Annual report of the Punjab Veterinary College and of the Civil Veterinary Department, Punjab - 1926-1932
Year: 1926
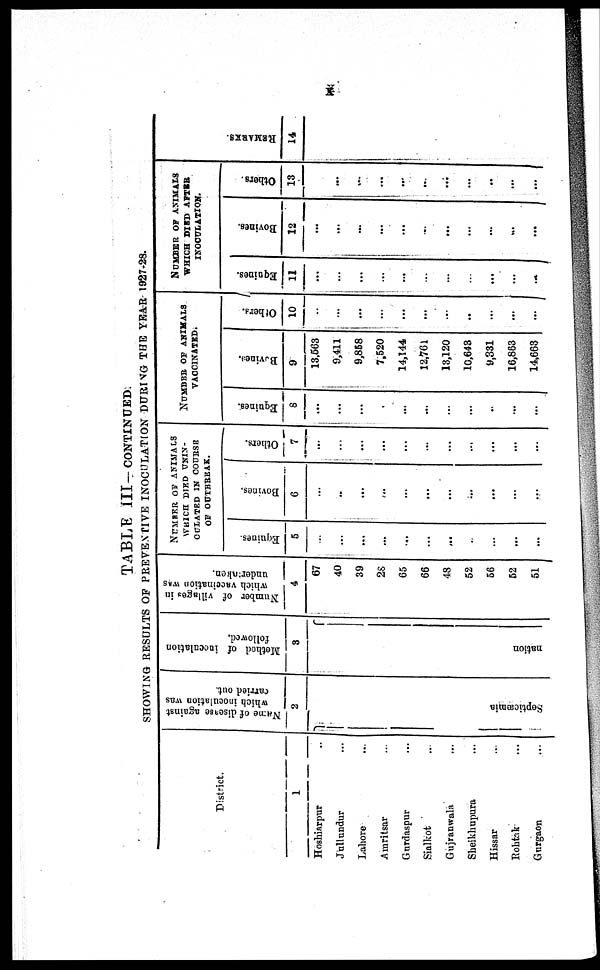
x
TABLE III-CONTINUED.
SHOWING RESULTS OF PREVENTIVE INOCULATION DURING THE YEAR 1927-28.
District.
1
Hoshiarpur ...
Jullundur ...
Lahore ...
Amritsar ...
Gurdaspur ...
Sialkot ...
Gujranwala ...
Sheikhupura ...
Hissar ...
Rohtak ...
Gurgaon ...
Name of disease against
which inoculation was
carried out.
2
Se pt i
c æmi a
Method of inoculation
followed.
3
nation
Number of villages in
which vaccination WAS
undertaken.
4
67
40
39
28
65
66
48
52
56
52
51
NUMBER OF ANIMALS
WHICH DIED UNIN¬
OULATED IN COURSE
OF OUTBREAK.
Equines.
5
...
...
...
...
...
...
...
...
...
...
...
Bovines.
6
...
..
...
...
...
...
...
...
...
...
...
Others.
7
...
...
...
...
...
...
...
...
...
...
...
NUMBER OF ANIMALS
VACCINATED.
Equines.
8
...
...
...
...
...
...
...
...
...
...
Bovines.
9
13,563
9,411
9,858
7,520
14,144
12,761
13,120
10,643
9,331
16,863
14,663
Others.
10
...
...
...
...
...
...
...
..
...
...
...
NUMBER OF ANIMALS
WHICH DIED AFTER
INOCULATION.
Equines.
11
...
...
...
...
...
...
...
...
...
...
...
Bovines.
12
...
...
...
...
...
...
...
...
...
...
...
Others.
13
...
...
...
...
...
...
...
...
..
...
...
REMARKS .
14